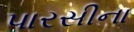
પારસીના